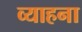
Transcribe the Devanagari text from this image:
व्याहना